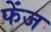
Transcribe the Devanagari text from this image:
फेंज